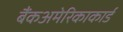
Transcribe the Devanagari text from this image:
बैंकअमेरिकाकार्ड